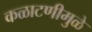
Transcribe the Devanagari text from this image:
कळाटणीमुळे